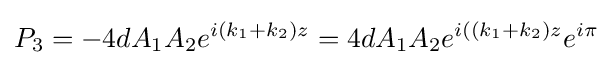
P_{3}=-4dA_{1}A_{2}e^{i(k_{1}+k_{2})z}=4dA_{1}A_{2}e^{i((k_{1}+k_{2})z}e^{i\pi }